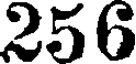
256